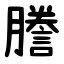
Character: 謄